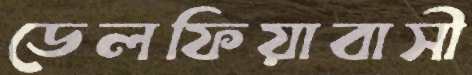
ডেলফিয়াবাসী